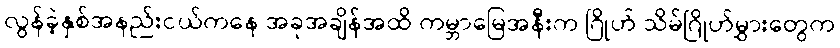
လွန်ခဲ့နှစ်အနည်းငယ်ကနေ အခုအချိန်အထိ ကမ္ဘာမြေအနီးက ဂြိုဟ် သိမ်ဂြိုဟ်မွှားတွေက